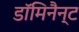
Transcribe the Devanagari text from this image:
डॉमिनैन्ट